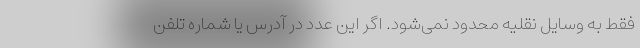
فقط به وسایل نقلیه محدود نمی‌شود. اگر این عدد در آدرس یا شماره تلفن